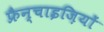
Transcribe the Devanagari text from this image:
फ्रैन्चाइज़ियों